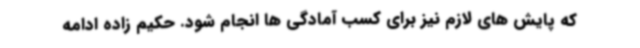
که پایش های لازم نیز برای کسب آمادگی ها انجام شود. حکیم زاده ادامه